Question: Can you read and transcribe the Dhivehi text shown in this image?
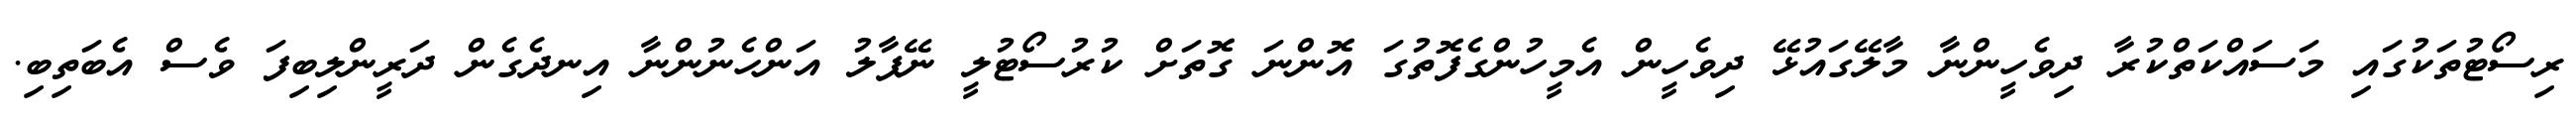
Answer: ރިސޯޓުތަކުގައި މަސައްކަތްކުރާ ދިވެހީންނާ މާލޭގައުޅޭ ދިވެހީން އެމީހުންގެފޮތުގަ އޮންނަ ގޮތަށް ކުރުސޯޓުލީ ނޭޕާލު އަންހެނުންނާ އިނދެގެން ދަރީންލިބިފަ ވެސް އެބަތިބި.